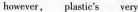
however, plastic's very